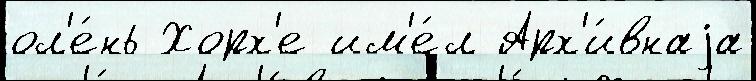
ол'е́нь Хорх'е им'е́л Арх'и́внаjа